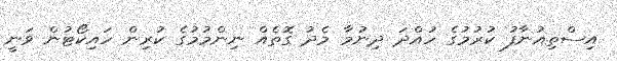
އިސްތިއުނާފު ކުރުމުގެ ހުއްދަ ދިނުމާ މެދު ގޮތެއް ނިންމުމުގެ ކުރިން ހައިކޯޓުން ވަނީ